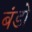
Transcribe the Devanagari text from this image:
बंडो